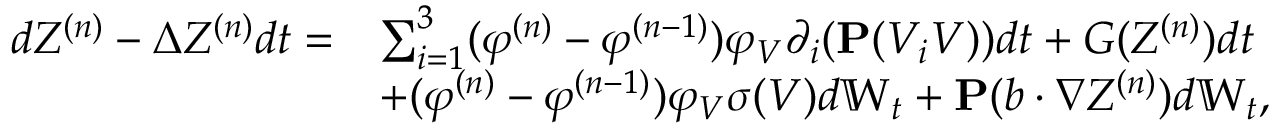
\begin{array} { r l } { d Z ^ { ( n ) } - \Delta Z ^ { ( n ) } d t = } & { \sum _ { i = 1 } ^ { 3 } ( \varphi ^ { ( n ) } - \varphi ^ { ( n - 1 ) } ) \varphi _ { V } \partial _ { i } ( \mathbf { P } ( V _ { i } V ) ) d t + G ( Z ^ { ( n ) } ) d t } \\ & { + ( \varphi ^ { ( n ) } - \varphi ^ { ( n - 1 ) } ) \varphi _ { V } \sigma ( V ) d \mathbb { W } _ { t } + \mathbf { P } ( b \cdot \nabla Z ^ { ( n ) } ) d \mathbb { W } _ { t } , } \end{array}